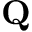
\mathbf { Q }